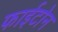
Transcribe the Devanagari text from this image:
फाईटोन